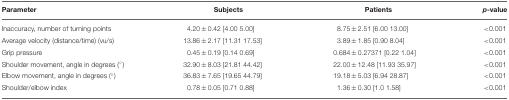
<table><thead><tr><td><b>Parameter</b></td><td><b>Subjects</b></td><td><b>Patients</b></td><td><b><i>p</i>-value</b></td></tr></thead><tbody><tr><td>Inaccuracy, number of turning points</td><td>4.20 ± 0.42 [4.00 5.00]</td><td>8.75 ± 2.51 [6.00 13.00]</td><td>&lt;0.001</td></tr><tr><td>Average velocity (distance/time) (vu/s)</td><td>13.86 ± 2.17 [11.31 17.53]</td><td>3.89 ± 1.85 [0.90 8.04]</td><td>&lt;0.001</td></tr><tr><td>Grip pressure</td><td>0.45 ± 0.19 [0.14 0.69]</td><td>0.684 ± 0.27371 [0.22 1.04]</td><td>&lt;0.001</td></tr><tr><td>Shoulder movement, angle in degrees (°)</td><td>32.90 ± 8.03 [21.81 44.42]</td><td>22.00 ± 12.48 [11.93 35.97]</td><td>&lt;0.001</td></tr><tr><td>Elbow movement, angle in degrees (°)</td><td>36.83 ± 7.65 [19.65 44.79]</td><td>19.18 ± 5.03 [6.94 28.87]</td><td>&lt;0.001</td></tr><tr><td>Shoulder/elbow index</td><td>0.78 ± 0.05 [0.71 0.88]</td><td>1.36 ± 0.30 [1.0 1.58]</td><td>&lt;0.001</td></tr></tbody></table>